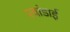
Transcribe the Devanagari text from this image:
रवांडाई